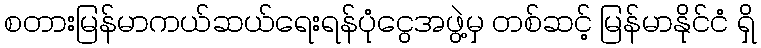
စတားမြန်မာကယ်ဆယ်ရေးရန်ပုံငွေအဖွဲ့မှ တစ်ဆင့် မြန်မာနိုင်ငံ ရှိ